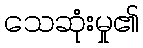
သေဆုံးမှု၏